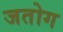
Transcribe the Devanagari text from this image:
जतोग